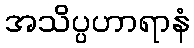
အသိပ္ပဟာရာနံ